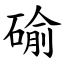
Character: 䃋